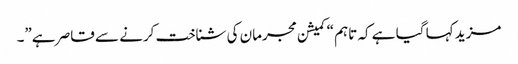
مزید کہا گیا ہے کہ تاہم “کمیشن مجرمان کی شناخت کرنے سے قاصر ہے”۔